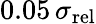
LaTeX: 0.05\, \sigma_{\mathrm{rel}}